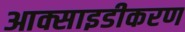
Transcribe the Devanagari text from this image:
आक्साइडीकरण